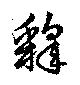
釋